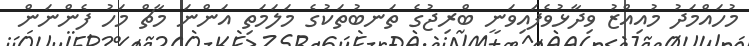
މުހައްމަދު މުއިއްޒު ވިދާޅުވެފައިވަނީ ބްރިޖުގެ ތަނބުތަކުގެ މަލަމަތި އަންނަ މާޗް މަހު ފެންނަން